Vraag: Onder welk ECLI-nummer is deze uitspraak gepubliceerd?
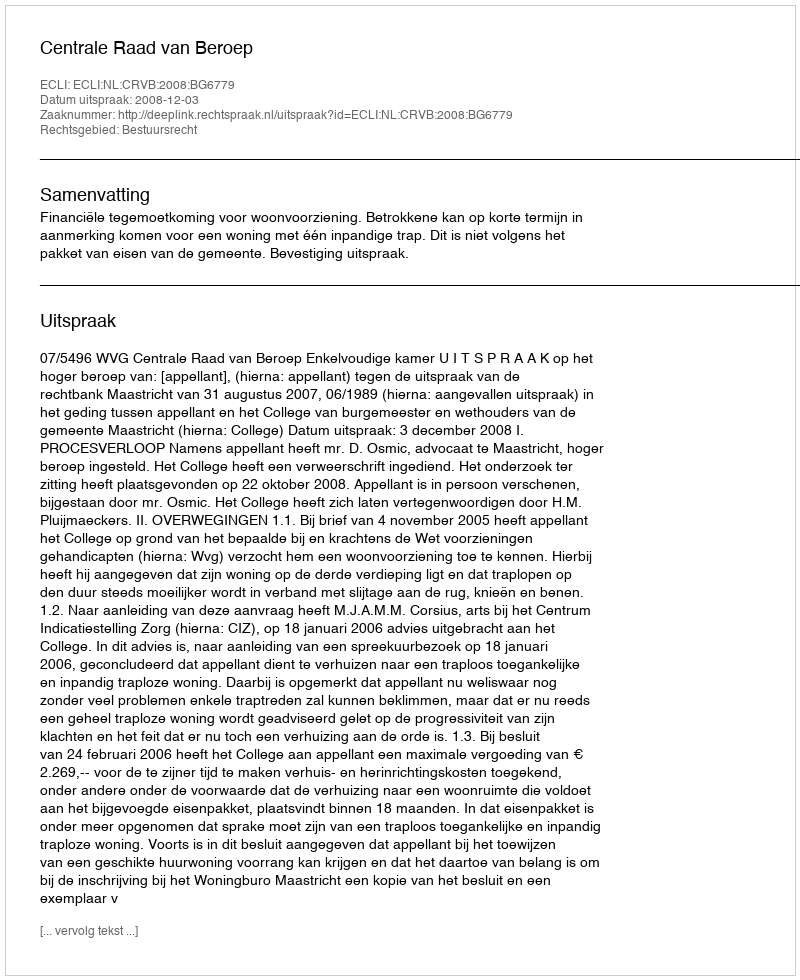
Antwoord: ECLI:NL:CRVB:2008:BG6779